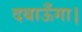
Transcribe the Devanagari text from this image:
दबाऊँगा।